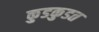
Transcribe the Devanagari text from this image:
कुडकुडत